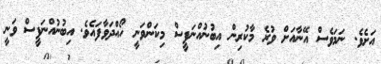
އަށެވެ. ނަމަވެސް އޭނާއަށް ވުރެ މާކުރިން އިބުނުއްނަފީސް މިކަންވަނީ ހޯއްދަވާފައެވެ. އިބުނުއްނަފީސް ވަނީ